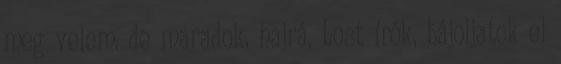
meg velem, de maradok, hajrá, Lost írók, bájoljatok el